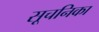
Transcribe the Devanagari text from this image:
सूचनिका